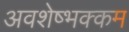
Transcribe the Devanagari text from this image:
अवशेष्भक्कम